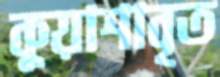
কুয়াশাবৃত